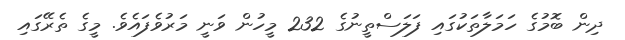
ދިން ބޮމުގެ ހަމަލާތަކުގައި ފަލަސްތީނުގެ 232 މީހުން ވަނީ މަރުވެފައެވެ. މީގެ ތެރޭގައި